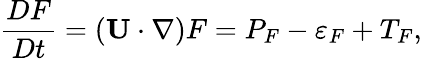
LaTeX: \frac{DF}{Dt}=\left({{\mathbf{U}}\cdot\nabla}\right)F=P_{F}-\varepsilon_{F}+T_{F},